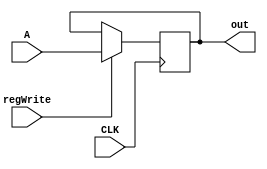
module spRegister(
    input CLK,
    input [15:0] A,
    input regWrite,
    output reg[15:0] out
    );

initial begin
	 out <=8191;
	 end;
always @ (negedge (CLK))begin
if(regWrite ==1)
	out<=A;

end
endmodule